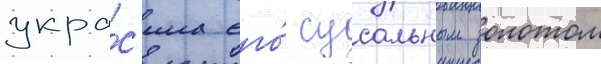
укра́с'ила его́ сусальным золотом